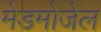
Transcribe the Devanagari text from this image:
मेडमोजेल